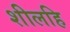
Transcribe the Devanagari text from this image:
शीलहि